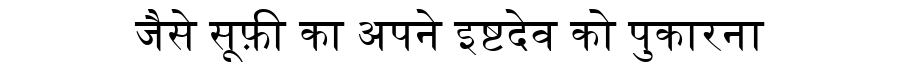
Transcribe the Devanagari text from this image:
जैसे सूफ़ी का अपने इष्टदेव को पुकारना